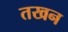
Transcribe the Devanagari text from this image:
तखन